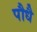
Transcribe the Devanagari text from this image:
पौधै